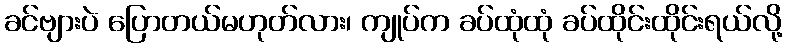
ခင်ဗျားပဲ ပြောတယ်မဟုတ်လား၊ ကျုပ်က ခပ်ထုံထုံ ခပ်ထိုင်းထိုင်းရယ်လို့